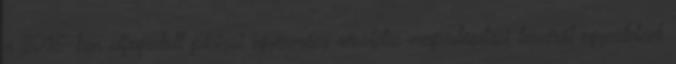
a 2015-ben elfogadott párizsi egyezmény részletes megvalósítási tervéről egyeztetnek